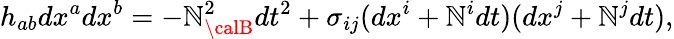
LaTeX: h_{ab}dx^{a}dx^{b}=-\mathbb{N}_{\calB}^{2}dt^{2}+\sigma_{ij}(dx^{i}+\mathbb{N}^{i}dt)(dx^{j}+\mathbb{N}^{j}dt),